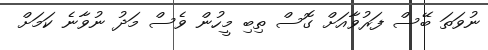
ނުވަތަ ބޭސް ފަރުވާއަށް ގޮސް ތިބި މީހުން ވެސް މަދު ނުވާނެ ކަމަށް